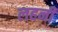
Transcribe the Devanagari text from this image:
लहनी